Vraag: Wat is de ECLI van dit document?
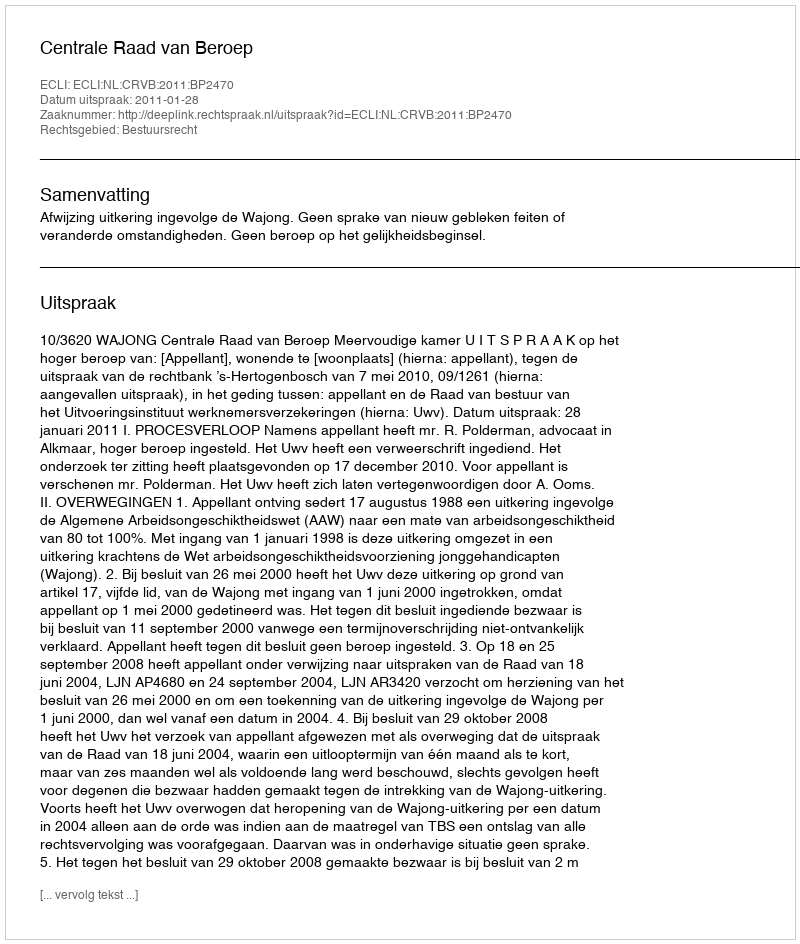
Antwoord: ECLI:NL:CRVB:2011:BP2470